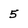
Character: 5